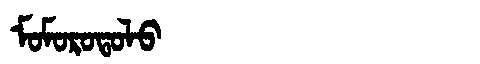
Manchu: ᠮᠣᠮᠣᡵᠣᡨᠣᠯᠣ
Romanization: MOMOROTOLO